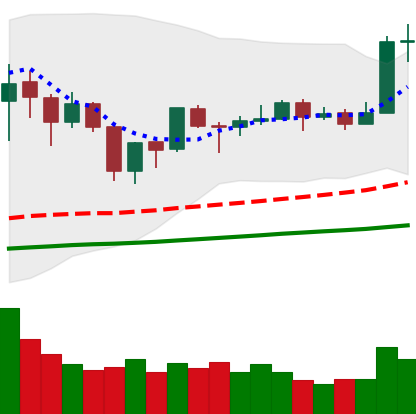
Ticker: TRX-USD
Chart end date: 2019-06-23
Forward return: -9.168%
Label: down_7plus